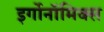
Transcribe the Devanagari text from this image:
इर्गोनॉमिक्स